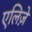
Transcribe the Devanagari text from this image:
एलिज़े